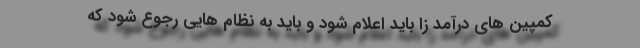
کمپین های درآمد زا باید اعلام شود و باید به نظام هایی رجوع شود که